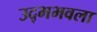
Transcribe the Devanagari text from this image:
उद्भभवला